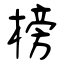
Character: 榜